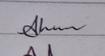
Signature authenticity: genuine